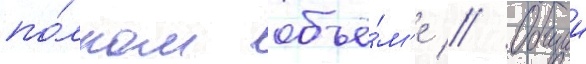
по́лном объё́м'е // Общии